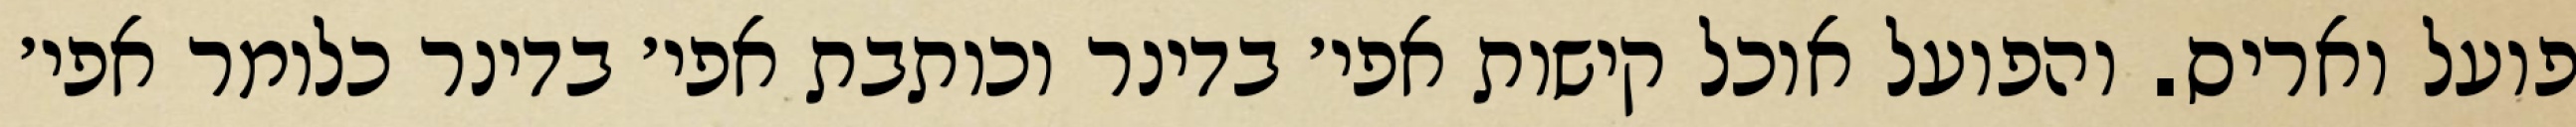
פועל ואריס. והפועל אוכל קישות אפי׳ בדינר וכותבת אפי׳ בדינר כלומר אפי׳